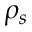
\rho _ { s }